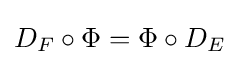
D_{F}\circ \Phi =\Phi \circ D_{E}